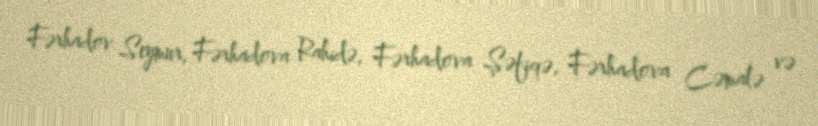
Fərhadov Seymur, Fərhadova Rahidə, Fərhadova Şəfiqə, Fərhadova Cəmalə və